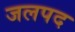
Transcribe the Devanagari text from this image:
जलपद